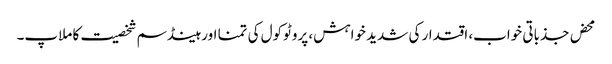
محض جذباتی خواب، اقتدار کی شدید خواہش، پروٹوکول کی تمنا اور ہینڈسم شخصیت کا ملاپ۔